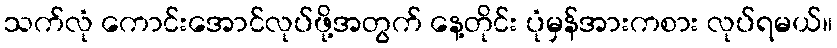
သက်လုံ ကောင်းအောင်လုပ်ဖို့အတွက် နေ့တိုင်း ပုံမှန်အားကစား လုပ်ရမယ်။